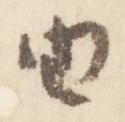
由